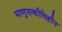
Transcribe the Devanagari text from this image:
माणुसकीविहीन